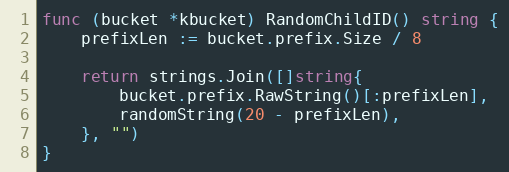
Language: Go
func (bucket *kbucket) RandomChildID() string {
	prefixLen := bucket.prefix.Size / 8

	return strings.Join([]string{
		bucket.prefix.RawString()[:prefixLen],
		randomString(20 - prefixLen),
	}, "")
}